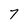
Character: 7